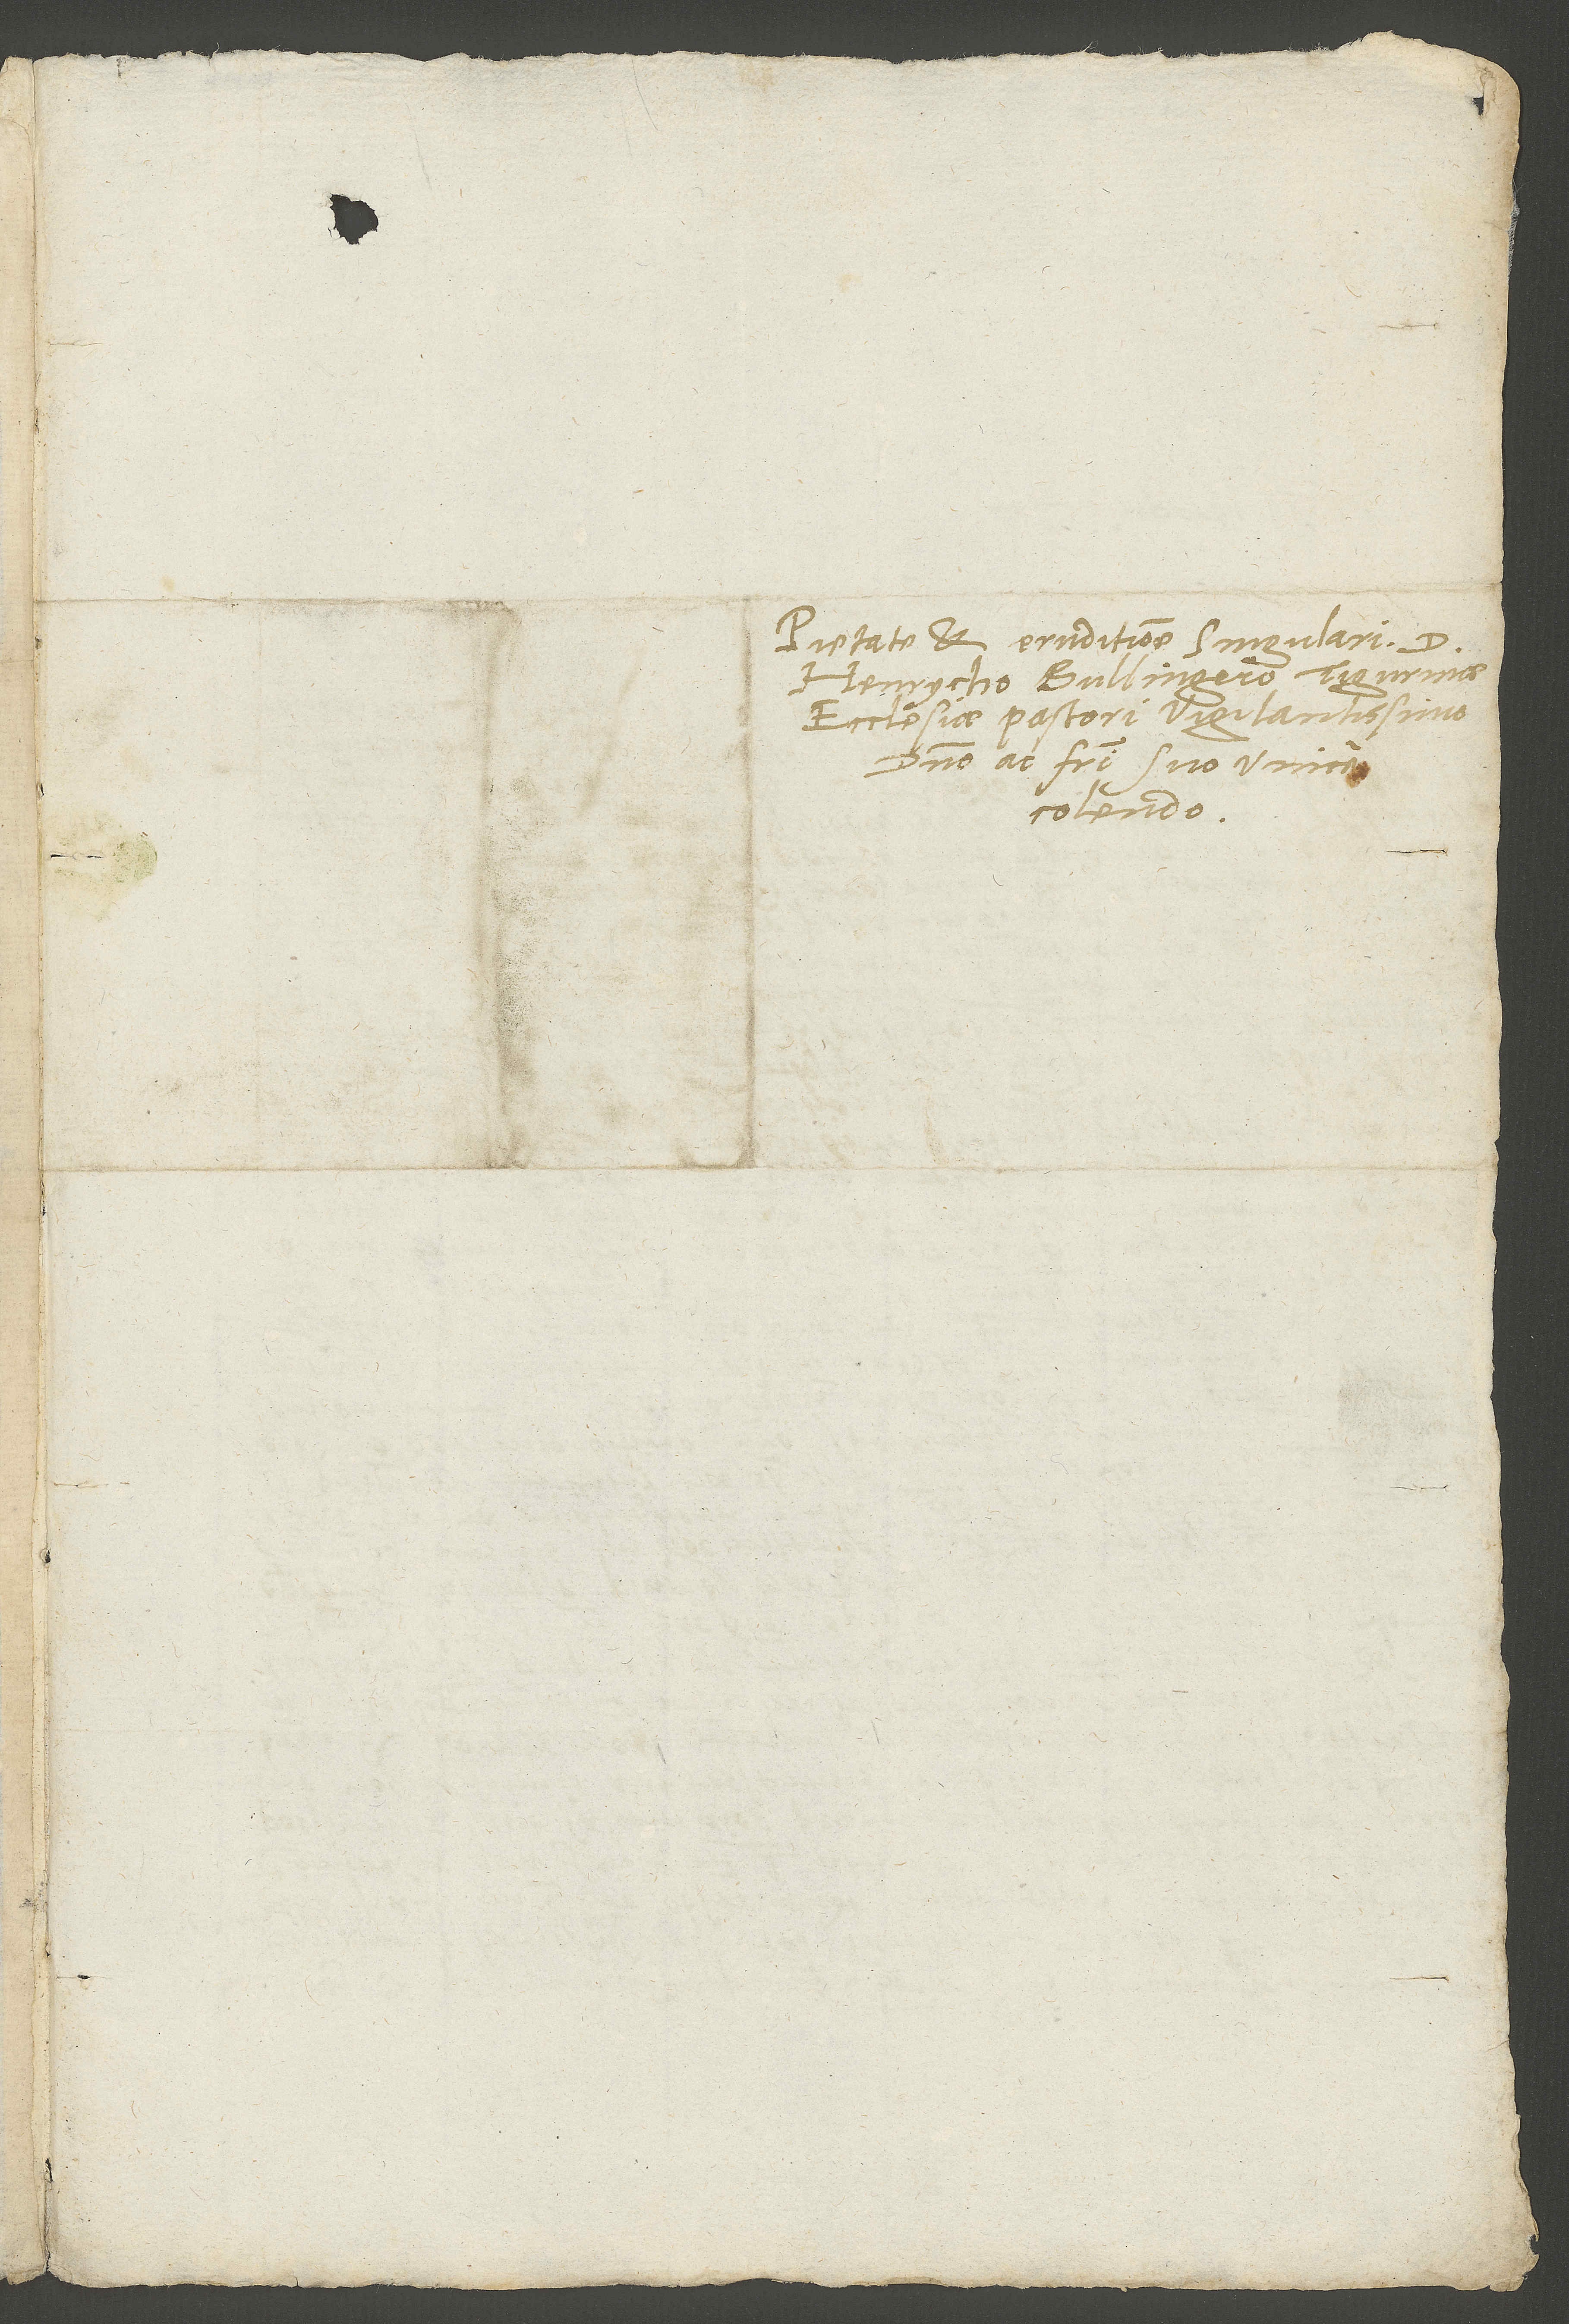
Pietate et eruditione singulari d.
Henrycho Bullingero, Tigurinae
ecclesiae pastori vigilantissimo,
colendo.